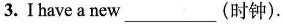
3.Ihave a new(时钟)。